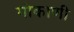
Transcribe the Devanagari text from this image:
गोकाणी